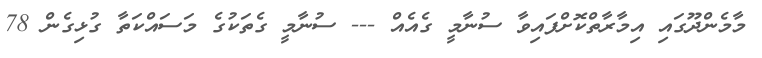
މާމެންދޫގައި އިމާރާތްކޮށްފައިވާ ސުނާމީ ގެއެއް --- ސުނާމީ ގެތަކުގެ މަސައްކަތާ ގުޅިގެން 78